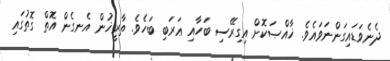
ދެނެވަޑައިގަންނަވައެވެ. ޚާއްޞަކޮށް އިގިރޭސި ބަހާއި ޢަރަބި ބަހެވެ. ތާރީޚުން އެނގެން އޮތް ގޮތުގައި